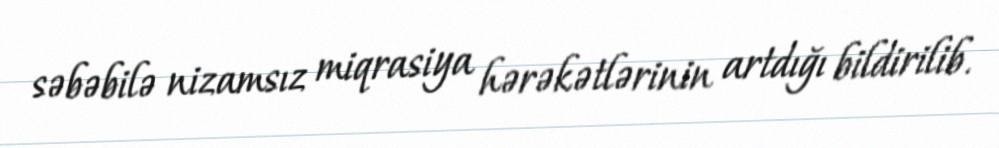
səbəbilə nizamsız miqrasiya hərəkətlərinin artdığı bildirilib.